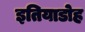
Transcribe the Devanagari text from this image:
इतियाडोह